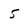
Character: 5